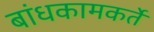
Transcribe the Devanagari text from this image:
बांधकामकर्ते